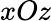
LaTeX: xOz